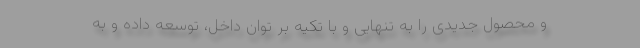
و محصول جدیدی را به تنهایی و با تکیه بر توان داخل، توسعه داده و به